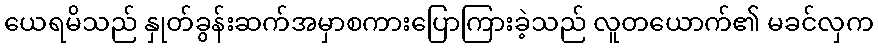
ယေရမိသည် နှုတ်ခွန်းဆက်အမှာစကားပြောကြားခဲ့သည် လူတယောက်၏ မခင်လှက